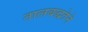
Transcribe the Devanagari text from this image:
तालबद्धतेने